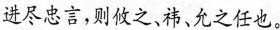
进尽忠言，则攸之、祎、允之任也。